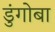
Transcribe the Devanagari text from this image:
डुंगोबा